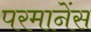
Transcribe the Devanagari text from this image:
परमानेंस